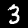
Label: 3